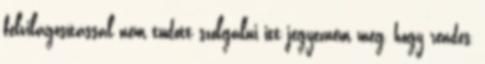
felvilágosítással nem tudott szolgálni itt jegyezném meg, hogy rendes,